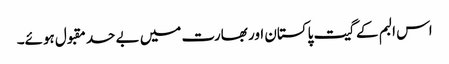
اس البم کے گیت پاکستان اور بھارت میں بے حد مقبول ہوئے۔